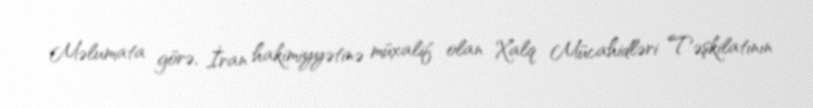
Məlumata görə, İran hakimiyyətinə müxalif olan Xalq Mücahidləri Təşkilatının